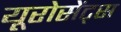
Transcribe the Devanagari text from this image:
यूरोसेंट्स